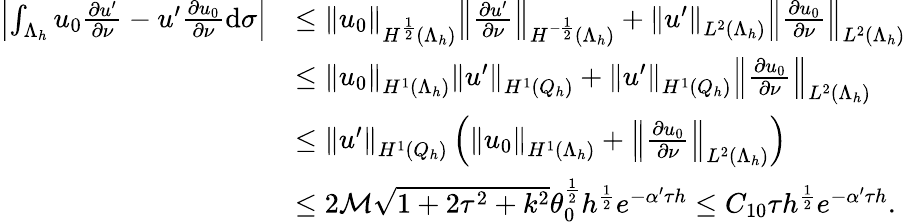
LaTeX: \begin{array}{rl}{\left\vert\int_{\Lambda_{h}}{{u_{0}}{\frac{\partial u^{\prime}}{\partial\nu}}-u^{\prime}}{\frac{\partial{u_{0}}}{\partial\nu}}\mathrm d\sigma\right\vert}&{\leq{\left\| {{u_{0}}}\right\| _{{H^{{\frac{1}{2}}}}(\Lambda_{h})}}{\left\| {{\frac{\partial u^{\prime}}{\partial\nu}}}\right\| _{{H^{-{\frac{1}{2}}}}(\Lambda_{h})}}+{\left\| {u^{\prime}}\right\| _{{L^{2}}(\Lambda_{h})}}{\left\| {{\frac{\partial{u_{0}}}{\partial\nu}}}\right\| _{{L^{2}}(\Lambda_{h})}}}\\ &{\leq{\left\| {{u_{0}}}\right\| _{{H^{1}}(\Lambda_{h})}}{\left\| {u^{\prime}}\right\| _{{H^{1}}({Q_{h}})}}+{\left\| {u^{\prime}}\right\| _{{H^{1}}({Q_{h}})}}{\left\| {{\frac{\partial{u_{0}}}{\partial\nu}}}\right\| _{{L^{2}}(\Lambda_{h})}}}\\ &{\leq{\left\| {u^{\prime}}\right\| _{{H^{1}}({Q_{h}})}}\left({\left\| {{u_{0}}}\right\| _{{H^{1}}(\Lambda_{h})}}+{\left\| {{\frac{\partial{u_{0}}}{\partial\nu}}}\right\| _{{L^{2}}\left(\Lambda_{h}\right)}}\right)}\\ &{\leq 2\mathcal M\sqrt{1+2{\tau^{2}}+{k^{2}}}\theta_{0}^{{\frac{1}{2}}}{h^{{\frac{1}{2}}}}{e^{-\alpha^{\prime}\tau h}}\leq C_{10}\tau{h^{{\frac{1}{2}}}}{e^{-\alpha^{\prime}\tau h}}.}\end{array}